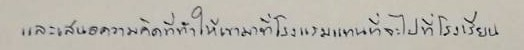
และเสนอความคิดที่ทำให้เขามาที่โรงแรมแทนที่จะไปที่โรงเรียน